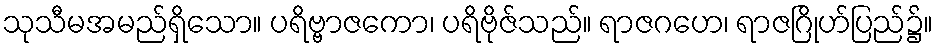
သုသီမအမည်ရှိသော။ ပရိဗ္ဗာဇကော၊ ပရိဗိုဇ်သည်။ ရာဇဂဟေ၊ ရာဇဂြိုဟ်ပြည်၌။